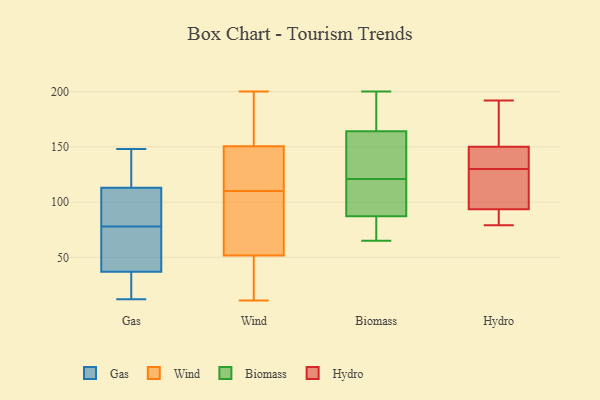
{"axis": {"x": "Temperature (°C)", "y": "Value"}, "legend": ["Biomass", "Gas", "Hydro", "Wind"], "data": [{"x": "", "y": 56, "type": "Gas"}, {"x": "", "y": 37, "type": "Gas"}, {"x": "", "y": 113, "type": "Gas"}, {"x": "", "y": 90, "type": "Gas"}, {"x": "", "y": 148, "type": "Gas"}, {"x": "", "y": 139, "type": "Gas"}, {"x": "", "y": 23, "type": "Gas"}, {"x": "", "y": 74, "type": "Gas"}, {"x": "", "y": 82, "type": "Gas"}, {"x": "", "y": 12, "type": "Gas"}, {"x": "", "y": 146, "type": "Wind"}, {"x": "", "y": 30, "type": "Wind"}, {"x": "", "y": 110, "type": "Wind"}, {"x": "", "y": 121, "type": "Wind"}, {"x": "", "y": 15, "type": "Wind"}, {"x": "", "y": 54, "type": "Wind"}, {"x": "", "y": 11, "type": "Wind"}, {"x": "", "y": 192, "type": "Wind"}, {"x": "", "y": 89, "type": "Wind"}, {"x": "", "y": 164, "type": "Wind"}, {"x": "", "y": 143, "type": "Wind"}, {"x": "", "y": 164, "type": "Wind"}, {"x": "", "y": 58, "type": "Wind"}, {"x": "", "y": 45, "type": "Wind"}, {"x": "", "y": 200, "type": "Wind"}, {"x": "", "y": 140, "type": "Wind"}, {"x": "", "y": 89, "type": "Wind"}, {"x": "", "y": 158, "type": "Biomass"}, {"x": "", "y": 166, "type": "Biomass"}, {"x": "", "y": 121, "type": "Biomass"}, {"x": "", "y": 97, "type": "Biomass"}, {"x": "", "y": 190, "type": "Biomass"}, {"x": "", "y": 65, "type": "Biomass"}, {"x": "", "y": 102, "type": "Biomass"}, {"x": "", "y": 71, "type": "Biomass"}, {"x": "", "y": 147, "type": "Biomass"}, {"x": "", "y": 200, "type": "Biomass"}, {"x": "", "y": 84, "type": "Biomass"}, {"x": "", "y": 79, "type": "Hydro"}, {"x": "", "y": 145, "type": "Hydro"}, {"x": "", "y": 158, "type": "Hydro"}, {"x": "", "y": 155, "type": "Hydro"}, {"x": "", "y": 88, "type": "Hydro"}, {"x": "", "y": 99, "type": "Hydro"}, {"x": "", "y": 133, "type": "Hydro"}, {"x": "", "y": 192, "type": "Hydro"}, {"x": "", "y": 87, "type": "Hydro"}, {"x": "", "y": 125, "type": "Hydro"}, {"x": "", "y": 134, "type": "Hydro"}, {"x": "", "y": 127, "type": "Hydro"}]}